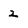
Character: 2